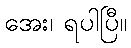
အေး၊ ရပါပြီ။